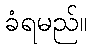
ခံရမည်။